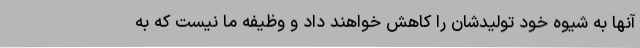
آنها به شیوه خود تولیدشان را کاهش خواهند داد و وظیفه ما نیست که به